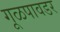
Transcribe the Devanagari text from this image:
गूळपावडर